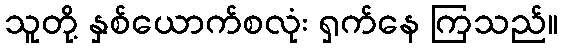
သူတို့ နှစ်ယောက်စလုံး ရှက်နေ ကြသည်။